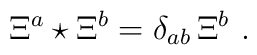
\Xi^a\star\Xi^b=\delta_{ab}\,\Xi^b\,\,.